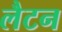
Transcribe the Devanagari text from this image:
लैटन